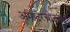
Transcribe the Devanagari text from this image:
अमादरचोदजो